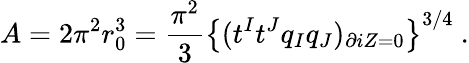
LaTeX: A=2\pi^{2}r_{0}^{3}={\frac{\pi^{2}}{3}}\left\{ (t^{I}t^{J}q_{I}q_{J})_{\partial iZ=0}\right\} ^{3/4}\ .